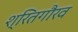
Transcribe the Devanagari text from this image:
श्रितगौरव